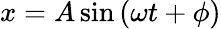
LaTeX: x=A\sin\left(\omega t+\phi\right)